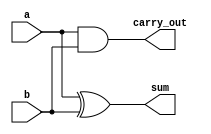
`timescale 1ns / 1ps



module half_adder(
        input a,
        input b,
        output sum,
        output carry_out
    );
    //Toplamin sonucunu veren ozel veya kapisi
    xor (sum, a, b);
	// Elde hesabini yapan ve kapisi
    and (carry_out, a, b);
    
endmodule